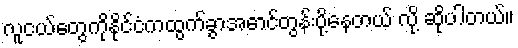
လူငယ်တွေကိုနိုင်ငံကထွက်ခွာအောင်တွန်းပို့နေတယ် လို့ ဆိုပါတယ်။